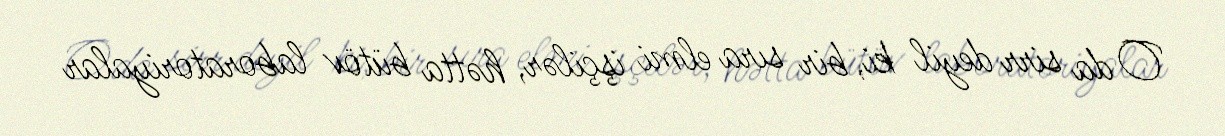
O da sirr deyil ki, bir sıra elmi işçilər, hətta bütöv laboratoriyalar